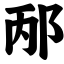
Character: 邴